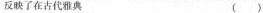
反映了在古代雅典 ( )